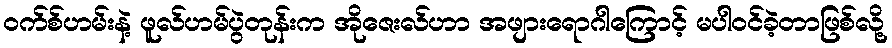
၀က်စ်ဟမ်းနဲ့ ဖူလ်ဟမ်ပွဲတုန်းက အိုဇေးလ်ဟာ အဖျားရောဂါကြောင့် မပါဝင်ခဲ့တာဖြစ်လို့